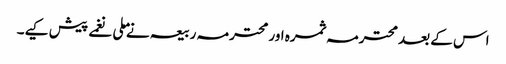
اس کے بعد محترمہ ثمرہ اور محترمہ ربیعہ نے ملی نغمے پیش کیے۔